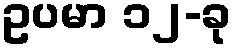
ဥပမာ ၁၂-ခု